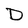
Character: D